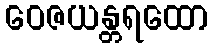
ဝေဇယန္တရထော